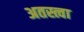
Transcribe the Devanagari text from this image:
अतस्त्वा